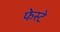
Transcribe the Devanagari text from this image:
फेस्टे